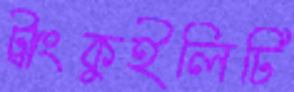
ট্রাংকুইলিটি